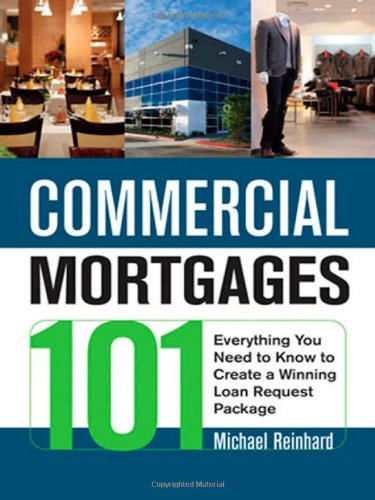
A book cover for Commercial Mortgages 101: Everything You Need to Know to Create a Winning Loan Request Package; Michael Reinhard; Business & Money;